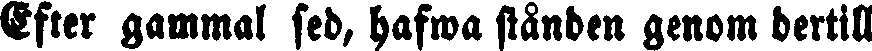
Efter gammal sed, hafwa stånden genom dertill